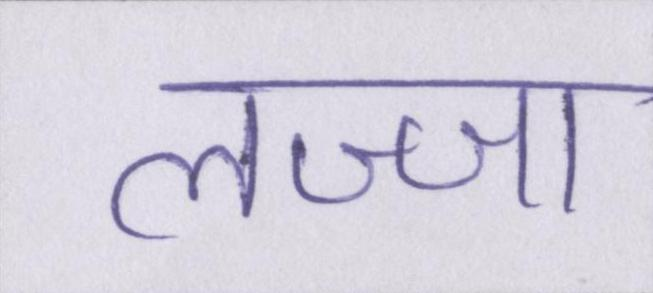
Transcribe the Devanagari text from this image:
लज्जा